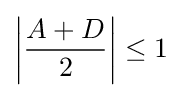
\left|{\frac {A+D}{2}}\right|\leq 1